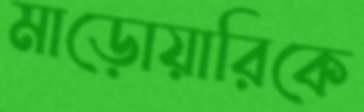
মাড়োয়ারিকে